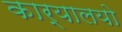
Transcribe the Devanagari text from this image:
कार्यालयो